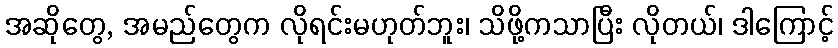
အဆိုတွေ, အမည်တွေက လိုရင်းမဟုတ်ဘူး၊ သိဖို့ကသာပြီး လိုတယ်၊ ဒါကြောင့်